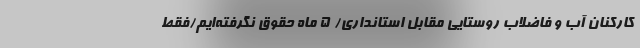
کارکنان آب و فاضلاب روستایی مقابل استانداری/ ۵ ماه حقوق نگرفته‌ایم/فقط